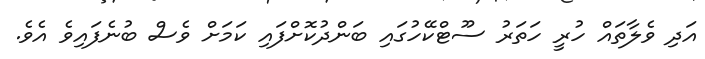
އަދި ވެލާތައް ހުރީ ހަތަރު ސޫޓްކޭހުގައި ބަންދުކޮށްފައި ކަމަށް ވެސް ބުނެފައިވެ އެވެ.